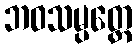
ဘဝသမ္ပတ္တေ